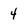
Character: 4